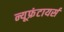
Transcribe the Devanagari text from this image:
न्यूफ्रंटायर्स